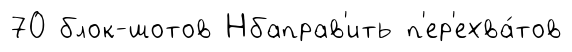
70 блок-шотов Нбаправ'ить п'ер'ехва́тов